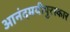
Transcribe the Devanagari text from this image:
आनंदमयीपुरस्कार